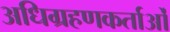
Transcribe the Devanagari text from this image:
अधिग्रहणकर्ताओं